system: You are a helpful assistant.
user:
Analyze the provided spectrum to determine if it is a **Carbon Star (C-type)**.

- **Key Visual Indicators of Carbon Star:**
    - **(Primary):** Strong molecular absorption from **C₂ (diatomic carbon) "Swan Bands."** This is the **defining feature** of a carbon star.
        - **(Key Bandheads):** Sharp absorption edges are visible at approximately $5635$ Å, $5165$ Å (the strongest band), and $4737$ Å.
        - **(Line Profile):** Creates a distinct **"saw-tooth"** pattern. The key morphology is a sharp, steep bandhead on the **red (long-wavelength) side**, which then gradually tapers off (i.e., flux recovers) towards the **blue (short-wavelength) side**. *(This is the direct opposite of the TiO bands seen in M-type stars)*.

    - **(Secondary):** Intense **CN (cyanogen)** molecular absorption bands.
        - **(Key Bandheads):** Located in the blue and violet regions of the spectrum (e.g., near $4215$ Å and $3883$ Å).
        - **(Morphology):** These bands are extremely broad and act as a "blanket," absorbing the vast majority of blue and violet light. This creates a characteristic **"cliff"** or **"steep drop-off"** in the spectrum's flux at short wavelengths.

    - **(Key Confirmation):** Strong **CH absorption band (G-band)**.
        - **(Key Bandhead):** Located around $4300$ Å. The contribution from CH molecules to this band is exceptionally strong.

    - **(Overall Spectrum):**
        - The continuum is severely "chopped up" by these deep molecular bands, especially C₂, rather than appearing as a smooth curve.
        - Due to the heavy CN and C₂ absorption in the blue-green, the vast majority of the star's flux is concentrated in the red part of the spectrum, giving the star its characteristic deep red color.

Think first, call **spectral_visualization_tool** if needed to examine features in detail, then provide your final answer. Your response must adhere to the following strict rules:
1.  **Overall Structure:** Your response must follow the format `<think>...</think> <tool_call>...</tool_call> (if a tool is used) <answer>...</answer>`.
2.  **Tool Usage Constraint:** You may only make **one** tool call per turn.
3.  **Final Answer Format:** In the `<answer>` tag, your conclusion must be inside a `\boxed{}` command (e.g., `\boxed{YES}`), followed by your justification.

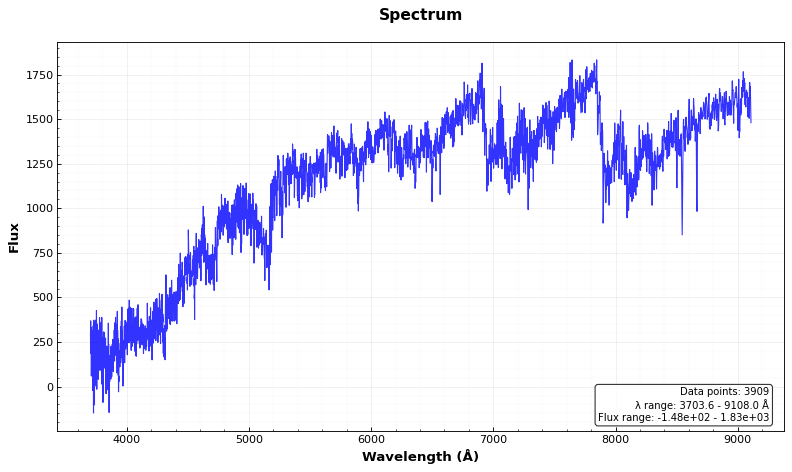
Answer: YES